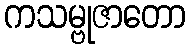
ကသမ္ဗုဇာတော